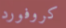
كروفورد